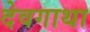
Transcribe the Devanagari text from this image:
देवगाथा